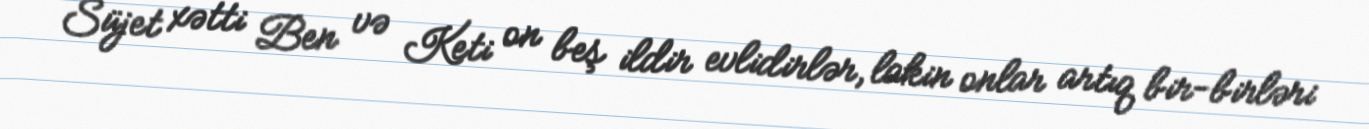
Süjet xətti Ben və Keti on beş ildir evlidirlər, lakin onlar artıq bir-birləri